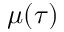
\mu ( \tau )